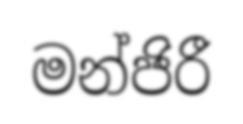
මන්ජිරී